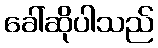
ခေါ်ဆိုပါသည်